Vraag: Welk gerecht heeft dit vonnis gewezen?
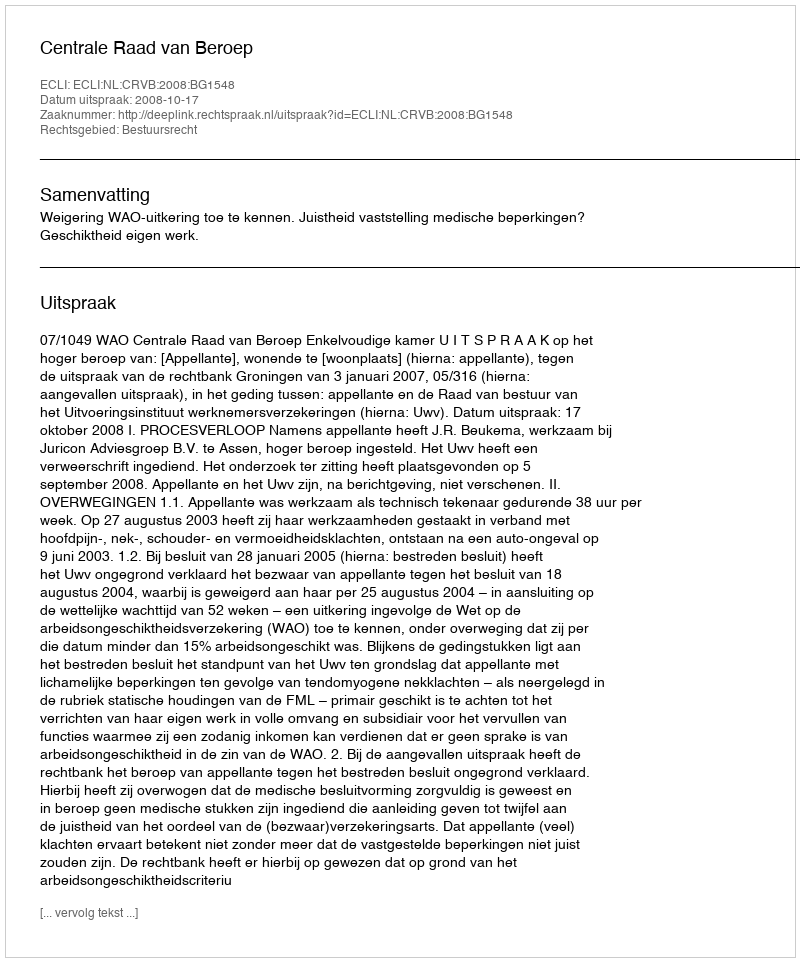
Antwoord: Centrale Raad van Beroep